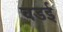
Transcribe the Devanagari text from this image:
वडई